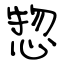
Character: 惣